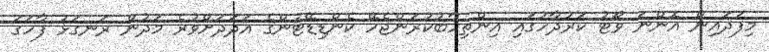
މިފަދައިން އޮންނަ ވޯޓު ކަރުދާހުގައި އިންތިހާބުކުރަންޖެހޭ ކެންޑިޑޭޓުންގެ އަދަދަށްވުރެ މަދުން ރަނގަޅު ފާހަގަ